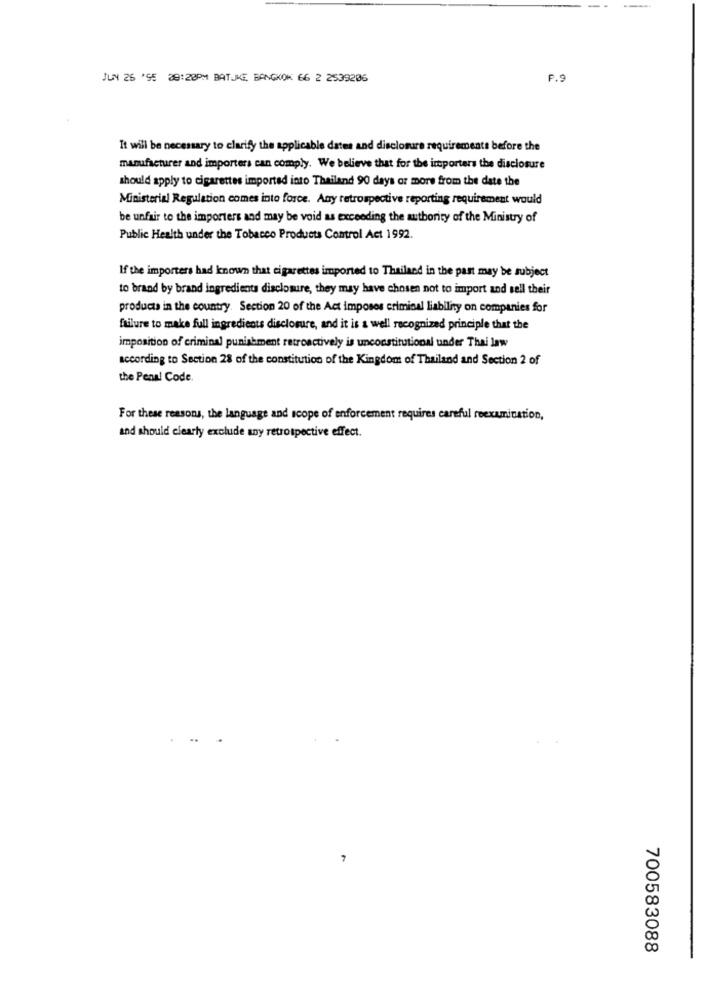
JUN 26 '95 89:20PM BATJKE BANGKOK 66 2 2539206
P.S
It will be necessary to clarify the applicable dates and disclosure requirements before the
manufacturer and importers can comply. We believe that for the importers the disclosure
should apply to cigarettes imported into Thailand 90 days or more from the date the
Ministerial Regulation comes into force. Any retrospective reporting requirement would
be unfair to the importers and may be void as exceeding the authority of the Ministry of
Public Health under the Tobacco Products Control Act 1992.
If the importers had known that cigarettes imported to Thailand in the past may be subject
to brand by brand ingredients disclosure, they may have chosen not to import and sell their
products in the country. Section 20 of the Act imposes criminal liability on companies for
failure to make full ingredients disclosure, and it is & well recognized principle that the
imposition of criminal punishment retroactively is unconstitutional under Thai law
according to Section 28 of the constitution of the Kingdom of Thailand and Section 2 of
the Penal Code.
For these reasons, the language and scope of enforcement requires careful reexamination,
and should clearly exclude any retrospective effect.
..
700583088